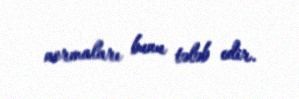
normaları bunu tələb edir.